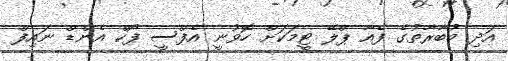
އަދި މުބާރާތުގެ ފެއާ ޕްލޭ ޓީމަކަށް ހޮވުނީ އެފްސީ ފޯކް އެންޑް ނައިފް